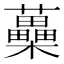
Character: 蘽